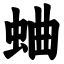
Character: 蛐